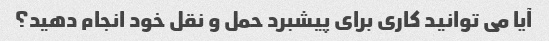
آیا می توانید کاری برای پیشبرد حمل و نقل خود انجام دهید؟